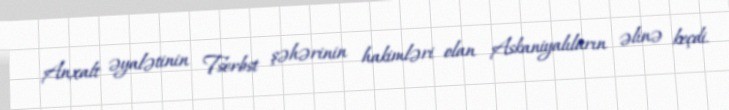
Anxalt əyalətinin Tserbst şəhərinin hakimləri olan Askaniyalıların əlinə keçdi.